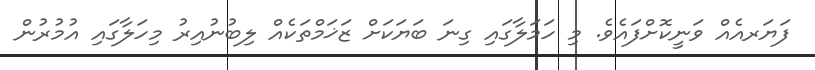
ފަޔަރއެއް ވަނީކޮށްފައެވެ. މި ހަމަލާގައި ގިނަ ބަޔަކަށް ޒަޚަމްތަކެއް ލިބުނުއިރު މިހަލާގައި އުމުރުން